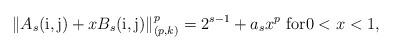
LaTeX: \begin{align*}\|A_s(\mathrm{i,j})+xB_s(\mathrm{i,j})\|_{(p,k)}^p=2^{s-1}+ a_s x^p\hbox{ for}0<x<1,\end{align*}